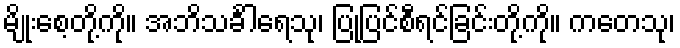
မျိုးစေ့တို့ကို။ အဘိသင်္ခါရေသု၊ ပြုပြင်စီရင်ခြင်းတို့ကို။ ကတေသု၊